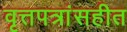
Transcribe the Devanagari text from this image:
वृत्तपत्रांसहीत